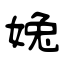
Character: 婏